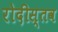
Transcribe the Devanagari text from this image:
रोदीस्तव